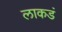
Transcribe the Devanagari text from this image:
लाकडं